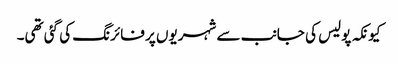
کیونکہ پولیس کی جانب سے شہریوں پر فائرنگ کی گئی تھی۔